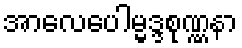
အာလေပေါမ္မဒ္ဒစုဏ္ဏနာ